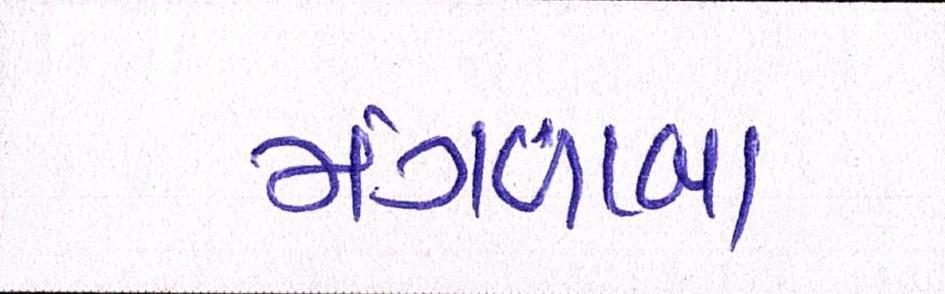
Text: મંગળાબા